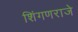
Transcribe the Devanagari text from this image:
शिंगणराजे